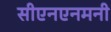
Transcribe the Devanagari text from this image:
सीएनएनमनी